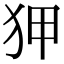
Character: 狎